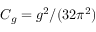
C _ { g } = g ^ { 2 } / ( 3 2 \pi ^ { 2 } )